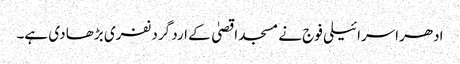
ادھراسرائیلی فوج نے مسجد اقصیٰ کے ارد گرد نفری بڑھا دی ہے۔